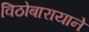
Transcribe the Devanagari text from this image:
विठोबारायाने